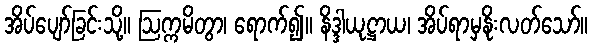
အိပ်ပျော်ခြင်းသို့။ ဩက္ကမိတွာ၊ ရောက်၍။ နိဒ္ဒါယုဋ္ဌာယ၊ အိပ်ရာမှနိုးလတ်သော်။